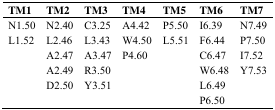
<table><thead><tr><td><b>TM1</b></td><td><b>TM2</b></td><td><b>TM3</b></td><td><b>TM4</b></td><td><b>TM5</b></td><td><b>TM6</b></td><td><b>TM7</b></td></tr></thead><tbody><tr><td>N1.50</td><td>N2.40</td><td>C3.25</td><td>A4.42</td><td>P5.50</td><td>I6.39</td><td>N7.49</td></tr><tr><td>L1.52</td><td>L2.46</td><td>L3.43</td><td>W4.50</td><td>L5.51</td><td>F6.44</td><td>P7.50</td></tr><tr><td></td><td>A2.47</td><td>A3.47</td><td>P4.60</td><td></td><td>C6.47</td><td>I7.52</td></tr><tr><td></td><td>A2.49</td><td>R3.50</td><td></td><td></td><td>W6.48</td><td>Y7.53</td></tr><tr><td></td><td>D2.50</td><td>Y3.51</td><td></td><td></td><td>L6.49</td><td>P6.50</td></tr></tbody></table>